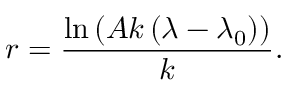
r = \frac { \ln \left( A k \left( \lambda - \lambda _ { 0 } \right) \right) } { k } .